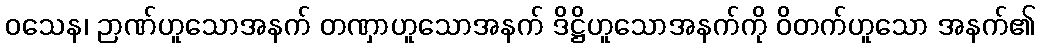
ဝသေန၊ ဉာဏ်ဟူသောအနက် တဏှာဟူသောအနက် ဒိဋ္ဌိဟူသောအနက်ကို ဝိတက်ဟူသော အနက်၏